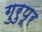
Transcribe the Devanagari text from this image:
गुरुपूर